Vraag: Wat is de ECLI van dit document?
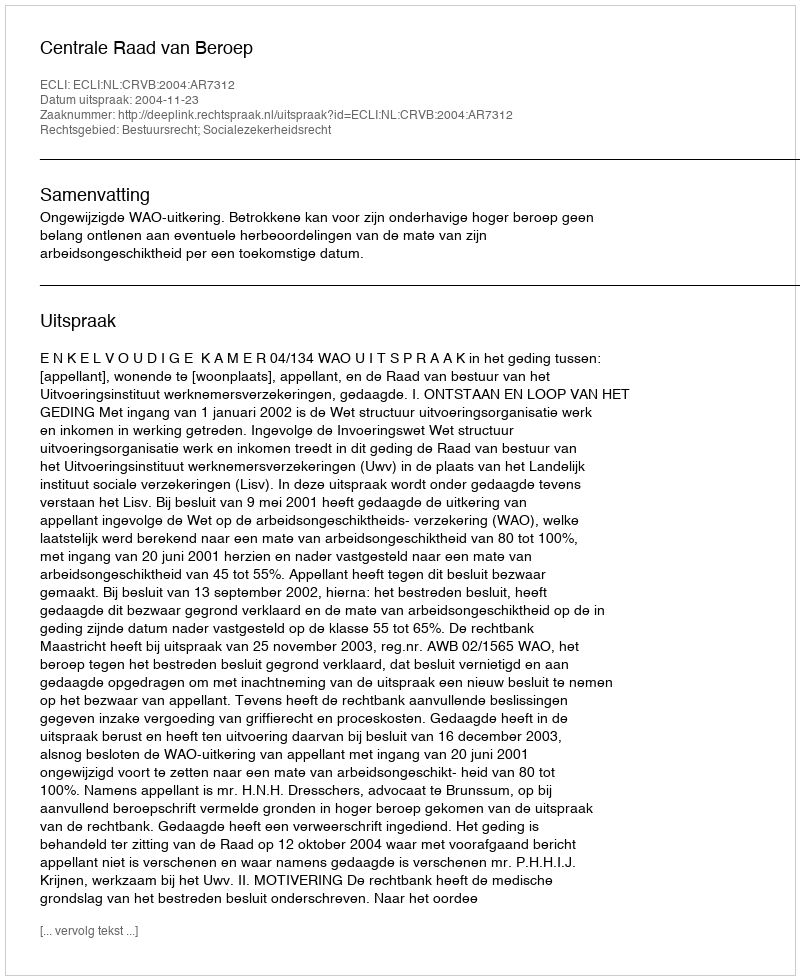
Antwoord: ECLI:NL:CRVB:2004:AR7312